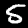
Digit: 5